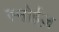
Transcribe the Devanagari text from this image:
स्नोईज़